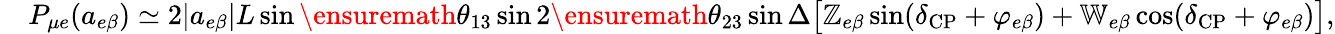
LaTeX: \begin{array}{rl}&{P_{\mu e}(a_{e\beta})\simeq 2|a_{e\beta}|L\sin\ensuremath{\theta_{13}}\sin 2\ensuremath{\theta_{23}}\sin\Delta\big[\mathbb{Z}_{e\beta}\sin(\delta_{\mathrm{CP}}+\varphi_{e\beta})+\mathbb{W}_{e\beta}\cos(\delta_{\mathrm{CP}}+\varphi_{e\beta})\big],}\end{array}